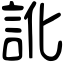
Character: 訛